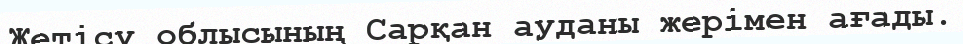
Жетісу облысының Сарқан ауданы жерімен ағады.